Report on the lunatic asylums under the Government of Bombay - 1904-1913
Year: 1904
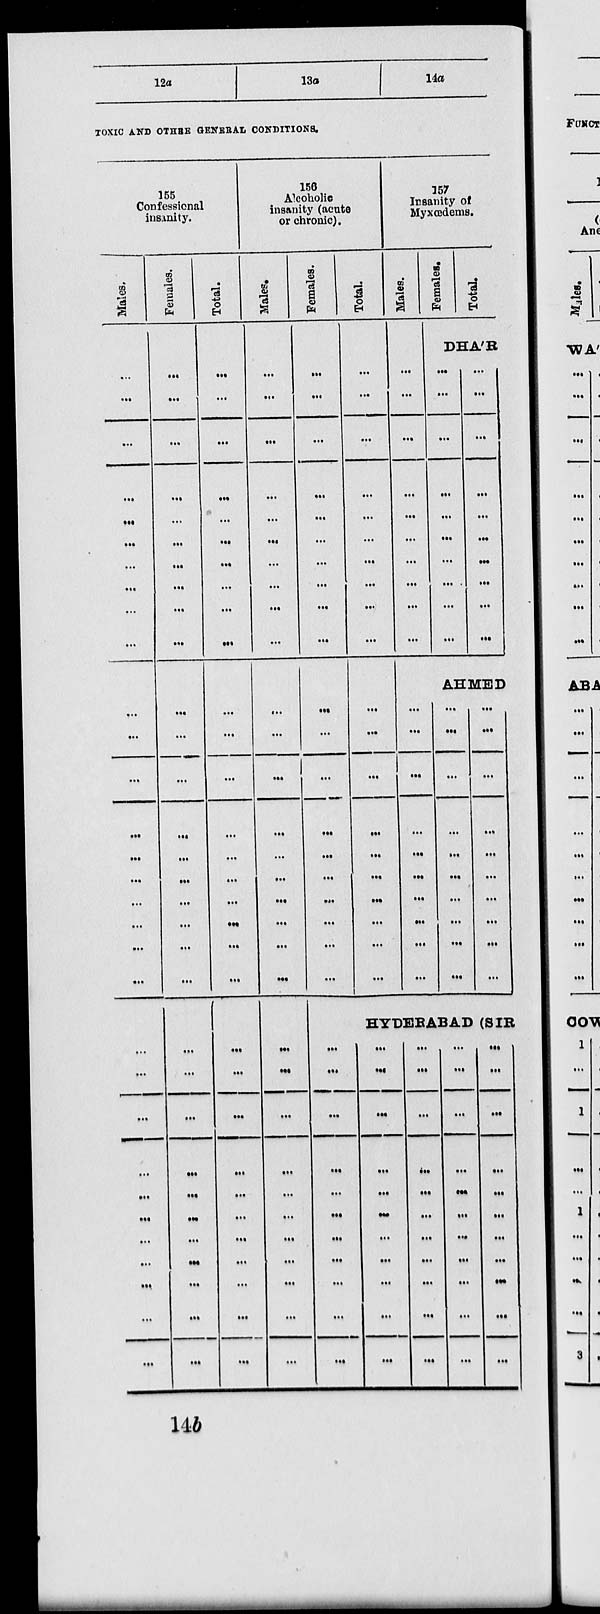
12a
13a
14a
TOXIC AND OTHER GENERAL CONDITIONS.
155
Confessional
insanity.
Males.
...
...
...
...
...
...
...
...
...
...
...
...
...
...
...
...
...
...
...
...
...
...
...
...
...
...
...
...
...
...
...
Females.
...
...
...
...
...
...
...
...
...
...
...
...
...
...
...
...
...
...
...
...
...
...
...
...
...
...
...
...
...
...
...
Total.
...
...
...
...
...
...
...
...
...
...
...
...
...
...
...
...
...
...
...
...
...
...
...
...
...
...
...
...
...
...
...
156
Alcoholic
insanity (acute
or chronic).
Males.
...
...
...
...
...
...
...
...
...
...
...
...
...
...
...
...
...
...
...
...
...
...
...
...
...
...
...
...
...
...
...
Females.
...
...
...
...
...
...
...
...
...
...
...
...
...
...
...
...
...
...
...
...
Total.
...
...
...
...
...
...
...
...
...
...
...
...
...
...
...
...
...
...
...
...
157
Insanity of
Myxœdems.
Males.
...
...
...
...
...
...
...
...
...
...
Females.
Total.
DHÁR
...
...
...
...
...
...
...
...
...
...
...
...
...
...
...
...
...
...
...
AHMED
...
...
...
...
...
...
...
...
...
...
...
...
...
...
...
...
...
...
...
...
...
...
...
...
...
...
...
...
...
...
HYDERABAD (SIR
...
...
...
...
...
...
...
...
...
...
...
...
...
...
...
...
...
...
...
...
...
...
...
...
...
...
...
...
...
...
...
...
...
...
...
...
...
...
...
...
...
...
...
...
...
...
...
...
...
...
...
...
...
...
...
14b